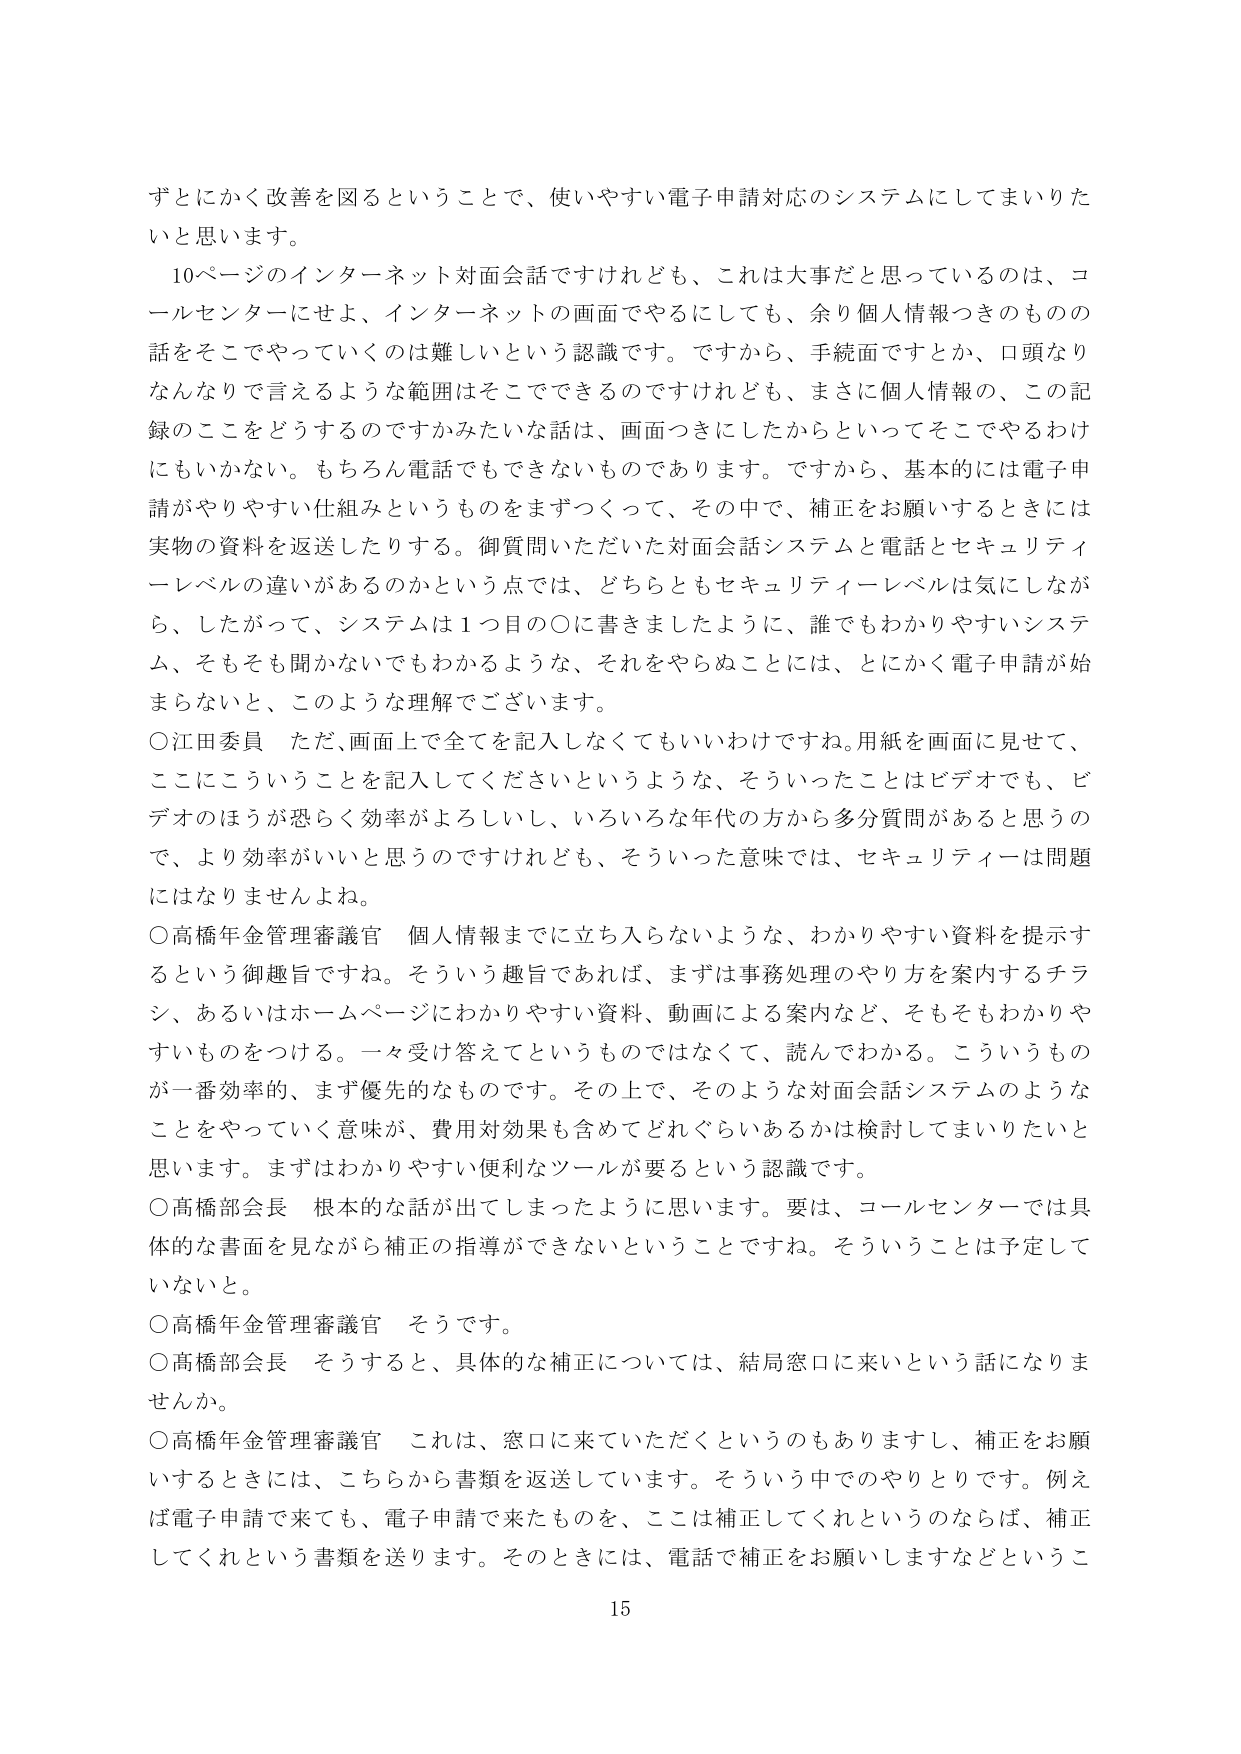
ずとにかく改善を図るということで、使いやすい電子申請対応のシステムにしてまいりたいと思います。

10ページのインターネット対面会話ですけれども、これは大事だと思っているのは、コールセンターにせよ、インターネットの画面でやるにしても、余り個人情報つきのものの話をそこでやっていくのは難しいという認識です。ですから、手続面ですとか、口頭なりなんなりで言えるような範囲はそこでできるのですけれども、まさに個人情報の、この記録のことをどうするのですかみたいな話は、画面つきにしたからといってそこでやるわけにもいかない。もちろん電話でもできないものであります。ですから、基本的には電子申請がやりやすい仕組みというものをまずつくって、その中で、補正をお願いするときには実物の資料を返送したりする。御質問いただいた対面会話システムと電話とセキュリティーレベルの違いがあるのかという点では、どちらともセキュリティーレベルは気にしながら、したがって、システムは1つ目の〇に書きましたように、誰でもわかりやすいシステム、そもそも聞かないでもわかるような、それをやらぬことには、とにかく電子申請が始まらないと、このような理解でございます。

〇江田委員 ただ、画面上で全てを記入しなくてもいいわけですね。用紙を画面に見せて、ここにこういうことを記入してくださいというような、そういったことはビデオでも、ビデオのほうが恐らく効率がよろしいし、いろいろな年代の方から多分質問があると思うので、より効率がいいと思うのですけれども、そういった意味では、セキュリティーは問題にはなりませんよね。

〇高橋年金管理審議官 個人情報までに立ち入らないような、わかりやすい資料を提示するという御趣旨ですね。そういう趣旨であれば、まずは事務処理のやり方を案内するチラシ、あるいはホームページにわかりやすい資料、動画による案内など、そもそもわかりやすいものをつける。一々受け答えてというものではなくて、読んでわかる。こういうものが一番効率的、まず優先的なものです。その上で、そのような対面会話システムのようなことをやっていく意味が、費用対効果も含めてどれぐらいあるかは検討してまいりたいと思います。まずはわかりやすい便利なツールが要るという認識です。

〇高橋部会長 根本的な話が出てしまったように思います。要は、コールセンターでは具体的な書面を見ながら補正の指導ができないということですね。そういうことは予定していないと。

〇高橋年金管理審議官 そうです。

〇高橋部会長 そうすると、具体的な補正については、結局窓口に来いという話になりませんか。

〇高橋年金管理審議官 これは、窓口に来ていただくというのもありますし、補正をお願いするときには、こちらから書類を返送しています。そういう中でのやりとりです。例えば電子申請で来ても、電子申請で来たものを、ここは補正してくれというのならば、補正してくれという書類を送ります。そのときには、電話で補正をお願いしますなどというこ

15